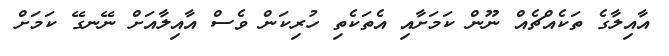
އާއިލާގެ ތަކެއްޗެއް ނޫން ކަމަށާއި އެތަކެތި ހުރިކަން ވެސް އާއިލާއަށް ނޭނގޭ ކަމަށް